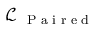
\ensuremath { \mathcal { L } } _ { \textnormal { { P a i r e d } } }